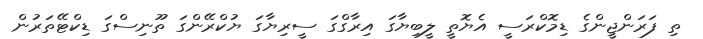
ތި ފަރަންޖީންގެ ޑިމޮކްރަސީ އެޔޮތީ ލީބިޔާގަ އިރާގްގަ ސީރިޔާގަ ޔުކްރޭންގަ ތޫނިސްގަ ޑިކްޓޭތަރުން